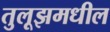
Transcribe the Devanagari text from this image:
तुलूझमधील